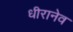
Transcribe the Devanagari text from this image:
धीरानेव